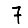
Digit: 7